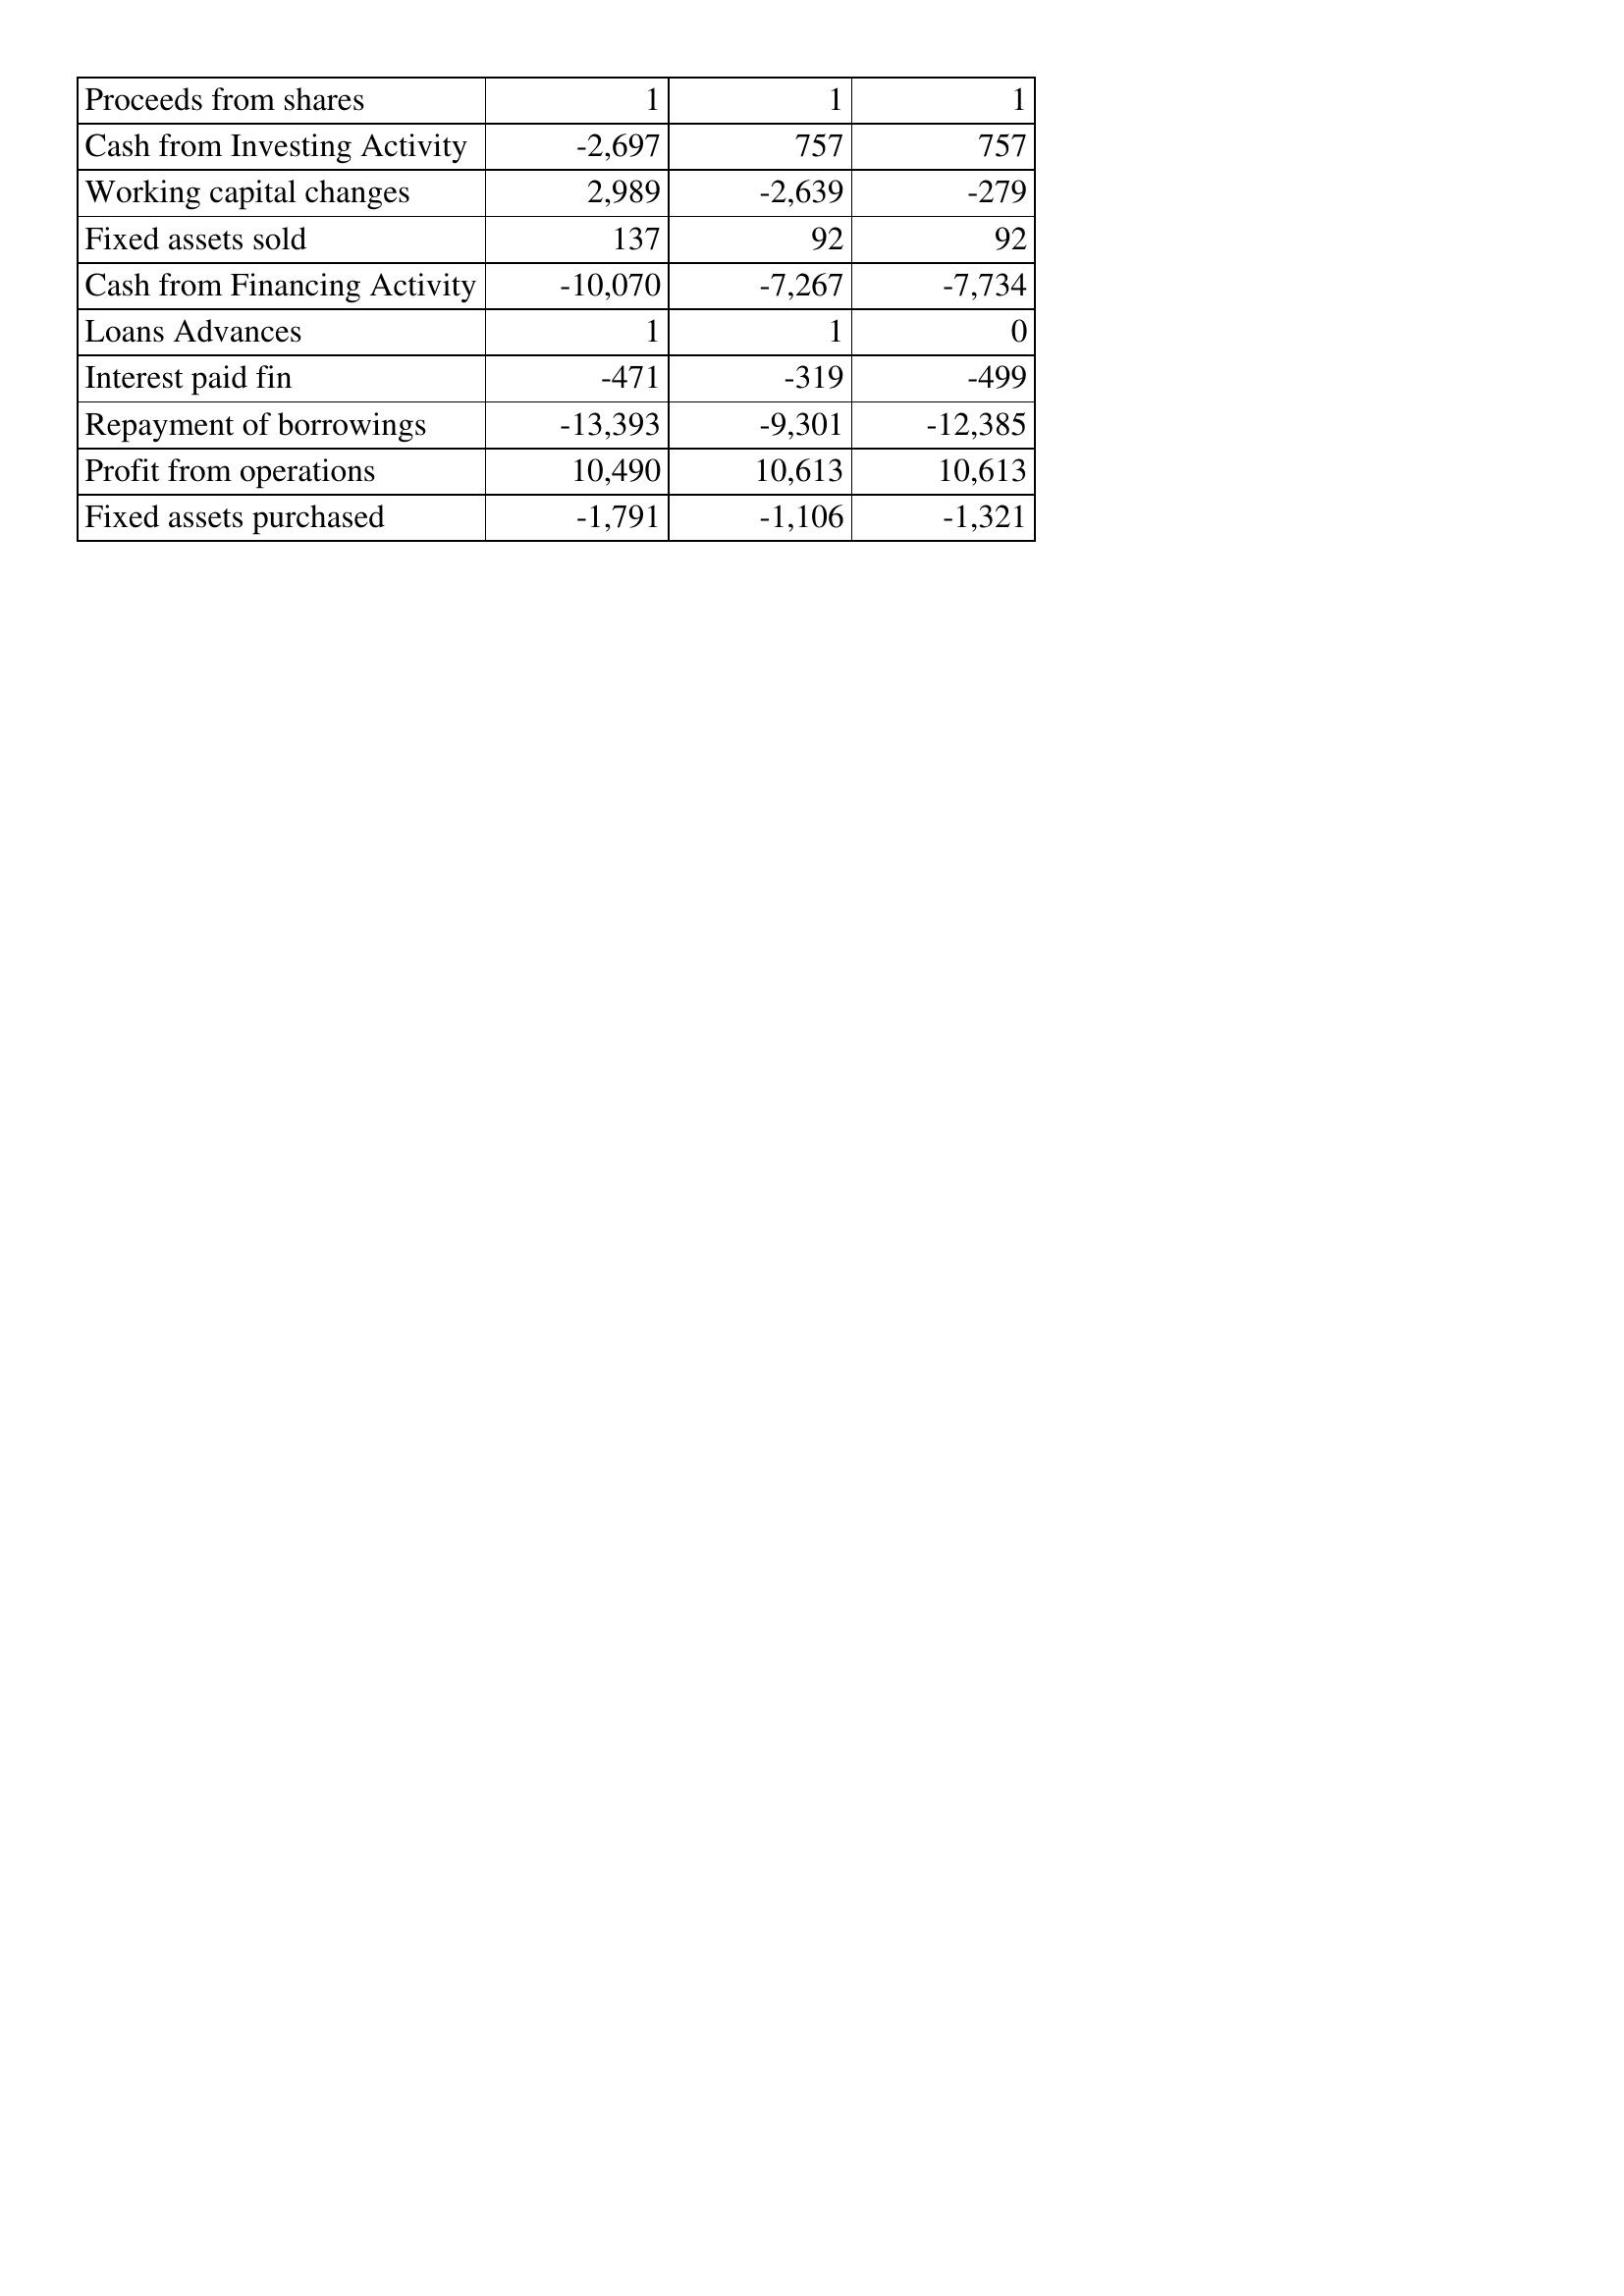
Oct-11: Cash Flows: Proceeds from shares: 1
Cash from Investing Activity: -2,697
Working capital changes: 2,989
Fixed assets sold: 137
Cash from Financing Activity: -10,070
Loans Advances: 1
Interest paid fin: -471
Repayment of borrowings: -13,393
Profit from operations: 10,490
Fixed assets purchased: -1,791
Oct-10: Cash Flows: Proceeds from shares: 1
Cash from Investing Activity: 757
Working capital changes: -2,639
Fixed assets sold: 92
Cash from Financing Activity: -7,267
Loans Advances: 1
Interest paid fin: -319
Repayment of borrowings: -9,301
Profit from operations: 10,613
Fixed assets purchased: -1,106
Oct-09: Cash Flows: Proceeds from shares: 1
Cash from Investing Activity: 757
Working capital changes: -279
Fixed assets sold: 92
Cash from Financing Activity: -7,734
Loans Advances: 0
Interest paid fin: -499
Repayment of borrowings: -12,385
Profit from operations: 10,613
Fixed assets purchased: -1,321